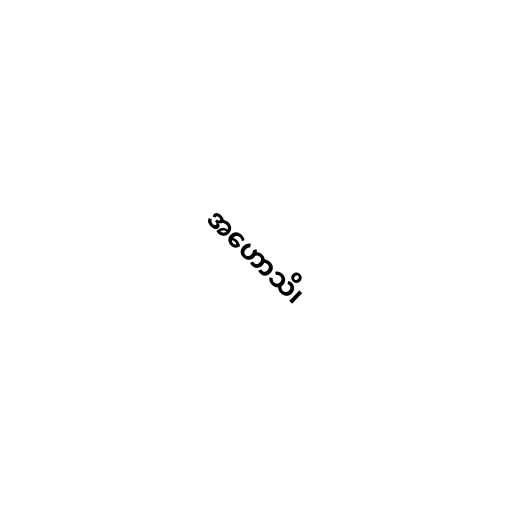
အဟောသိ၊